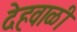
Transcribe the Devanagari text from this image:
देहवाळी